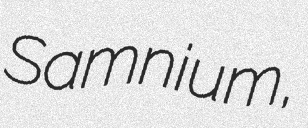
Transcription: Samnium,